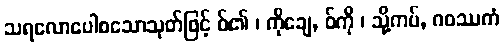
သရလောပေါစသောသုတ်ဖြင့် ဝ်၏ ၊ ကိုချေ, ဝ်ကို ၊ သို့ကပ်, ဂဝဿကံ